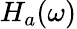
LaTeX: H_{a}(\omega)